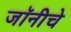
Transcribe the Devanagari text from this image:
जॉनीचे